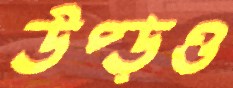
উপ্‌ড়ও